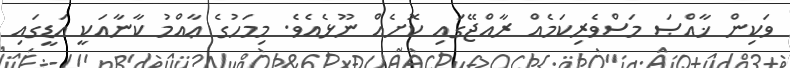
ވަކިން ޚާއްޞަ މަސްވެރިކަމެއް ރާއްޖޭގައި ކޮށެއް ނޫޅެއެވެ. މިމަހުގެ ޢާއްމު ކާނާއަކީ އަޑީގައި